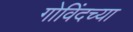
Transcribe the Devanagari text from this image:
गोविंदच्या